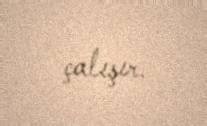
çalışır.